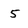
Character: 5